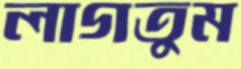
লাগতুম